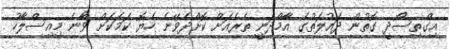
އިގްތިސޯދީ ގޮތުން ދައުލަތުގެ އާމްދަނީ ތެރެއަށް ކޮށްދެވޭނެ ހެޔޮ ކަމަކަށް ވާނެ މިއިސްލާހު